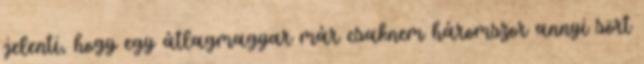
jelenti, hogy egy átlagmagyar már csaknem háromszor annyi sört